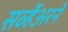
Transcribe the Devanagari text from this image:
सर्व्हेअरने